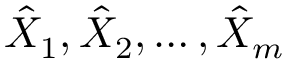
\hat { X } _ { 1 } , \hat { X } _ { 2 } , \ldots , \hat { X } _ { m }